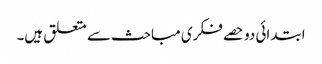
ابتدائی دو حصے فکری مباحث سے متعلق ہیں۔